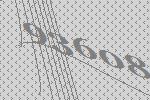
93608